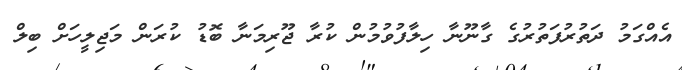
އެއްގަމު ދަތުރުފަތުރުގެ ގާނޫނާ ހިލާފުވުމުން ކުރާ ޖޫރިމަނާ ބޮޑު ކުރަން މަޖިލީހަށް ބިލް